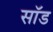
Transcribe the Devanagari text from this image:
सॉड